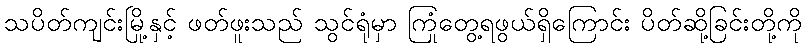
သပိတ်ကျင်းမြို့နှင့် ဖတ်ဖူးသည် သွင်ရုံမှာ ကြုံတွေ့ရဖွယ်ရှိကြောင်း ပိတ်ဆို့ခြင်းတို့ကို